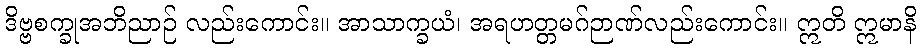
ဒိဗ္ဗစက္ခုအဘိညာဉ် လည်းကောင်း။ အာသာက္ခယံ၊ အရဟတ္တမဂ်ဉာဏ်လည်းကောင်း။ ဣတိ ဣမာနိ